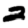
Digit: 2